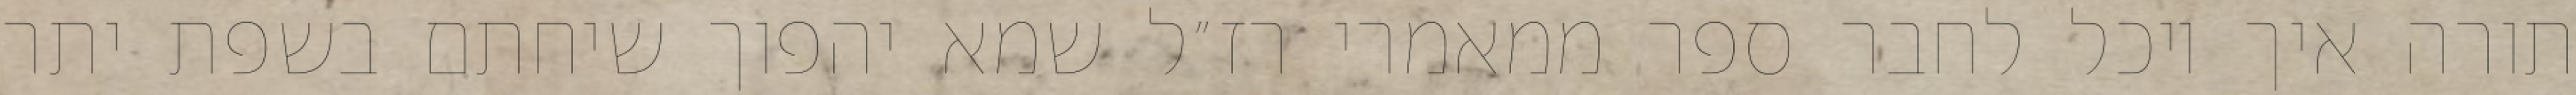
תורה איך יוכל לחבר ספר ממאמרי רז״ל שמא יהפוך שיחתם בשפת יתר